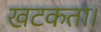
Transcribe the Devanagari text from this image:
खटकता।